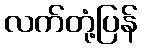
လက်တုံ့ပြန်